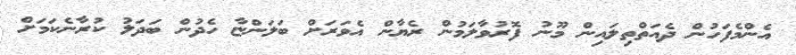
އެންމެފަހުން ދެއަތްތިލައިން މޫނު ފޮރުވާލަމުން ރެޔާން އެވަރަށް ބަލަންޏާ ހެދުން ބަދަލު ކުރާނެކަމަށް